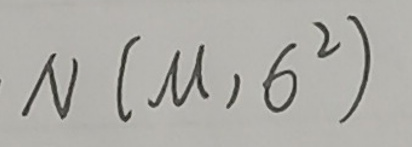
$N(\mu,6^{2})$